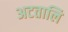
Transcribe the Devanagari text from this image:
अटतालि